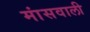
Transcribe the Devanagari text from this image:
मांसवाली